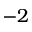
- 2